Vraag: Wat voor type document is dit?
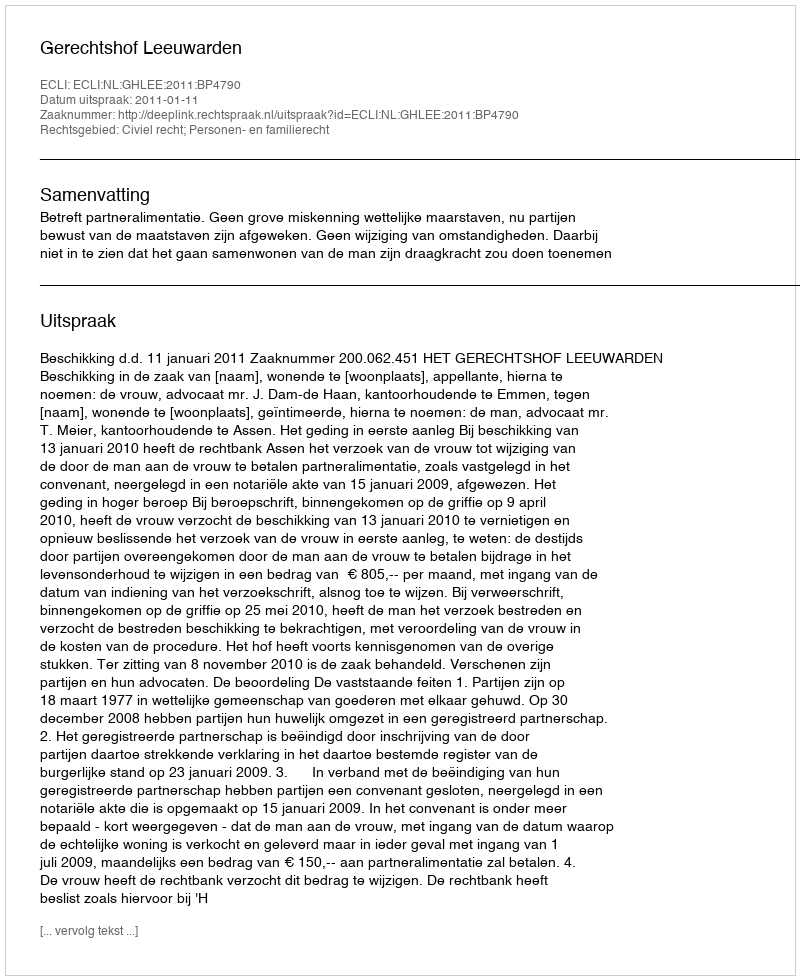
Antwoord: Uitspraak